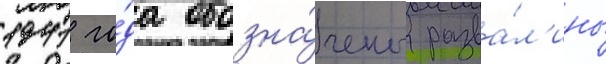
1941 го́да обозна́чены разва́л'ины